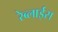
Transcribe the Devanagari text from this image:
रेब्लाईस